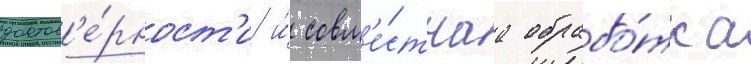
достов'е́рност'и и́ совм'е́стнаа обрабо́тка